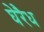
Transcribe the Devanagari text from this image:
घेरैध